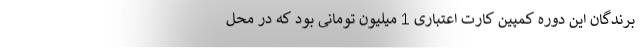
برندگان این دوره کمپین کارت اعتباری 1 میلیون تومانی بود که در محل